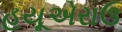
હયૂએરાઉ